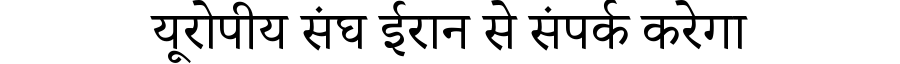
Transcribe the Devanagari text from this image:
यूरोपीय संघ ईरान से संपर्क करेगा